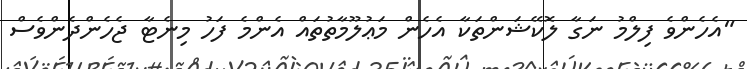
"އެހެންވެ ފިލްމު ނަގާ ލޮކޭޝަންތަކާ އެހެން މަޢުލޫމާތުތައް އެންމެ ފަހު މިނެޓާ ޖެހެންދެންވެސް